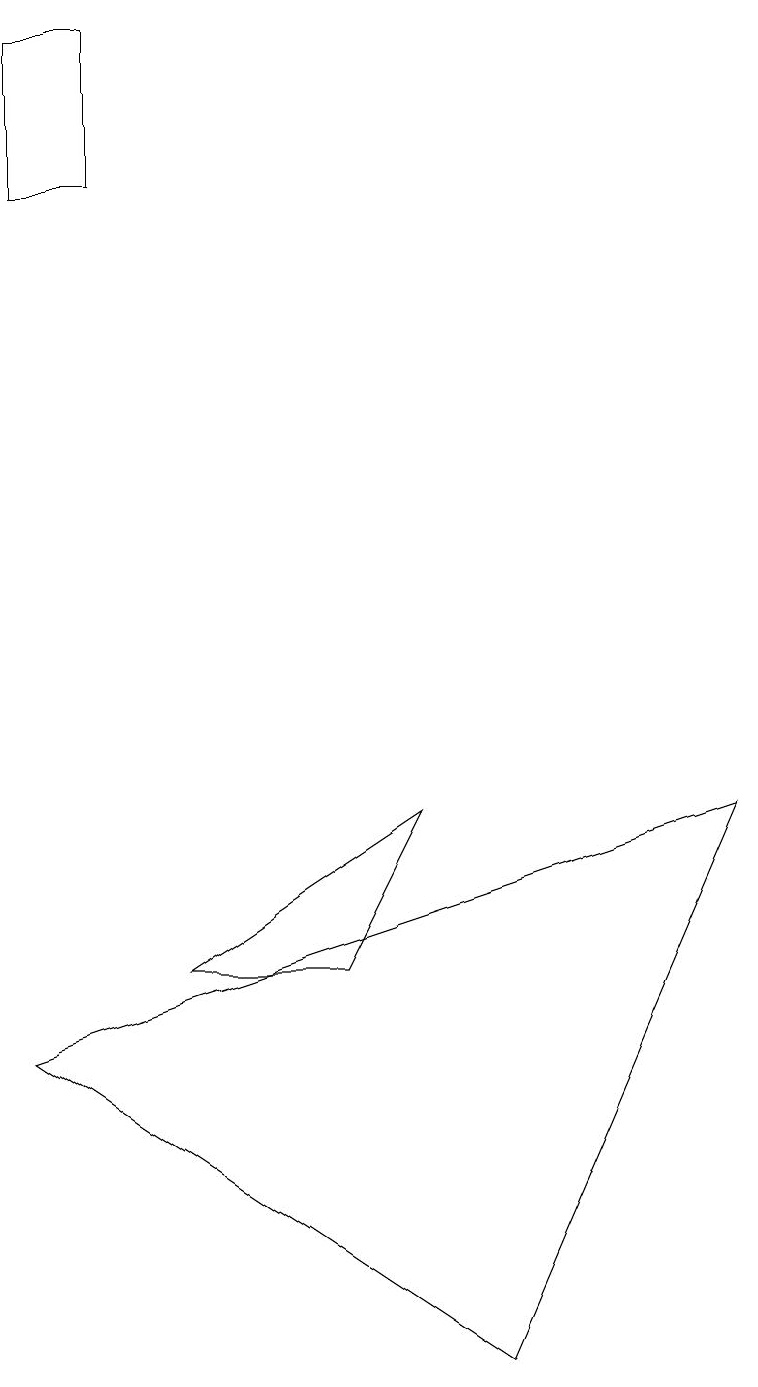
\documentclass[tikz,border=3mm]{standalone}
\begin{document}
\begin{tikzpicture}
\draw (0,17) rectangle (1,19);
\draw (5,9) -- (2,7) -- (4,7) -- cycle;
\draw (9,9) -- (6,2) -- (0,6) -- cycle;
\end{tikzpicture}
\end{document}